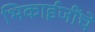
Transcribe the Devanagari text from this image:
भिकाईजींचे